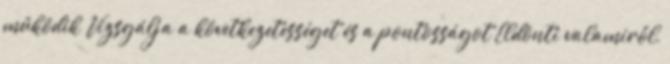
működik Vizsgálja a következetességet és a pontosságot Eldönti valamiről,